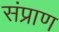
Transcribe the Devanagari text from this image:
संप्राण